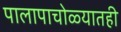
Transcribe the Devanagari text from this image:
पालापाचोळ्यातही